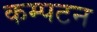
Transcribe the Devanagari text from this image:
कम्पटन